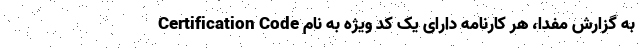
به گزارش مفدا، هر کارنامه دارای یک کُد ویژه به نام Certification Code